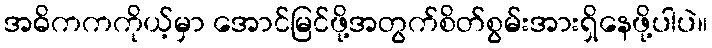
အဓိကကကိုယ့်မှာ အောင်မြင်ဖို့အတွက်စိတ်စွမ်းအားရှိနေဖို့ပါပဲ။